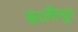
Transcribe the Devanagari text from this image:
सरलीभूत